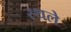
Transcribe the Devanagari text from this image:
स्थले